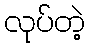
လုပ်တဲ့